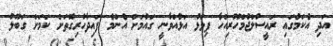
އަދި އެކަމުގައި ރައީސުލްޖުމްހޫރިއްހާ ފިވަޅު އަޅުއްވާނީ ގައުމަށް އެންމެ ފައިދާހުރިގޮތަށް ކަމަށް ގަބޫލު